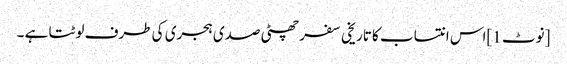
[نوٹ 1]اس انتساب کا تاریخی سفر چھٹی صدی ہجری کی طرف لوٹتا ہے ۔